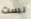
لست